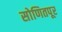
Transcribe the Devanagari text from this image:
सोणितपूर